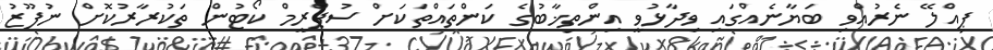
ޕިއްލޭ ނެރުއްވި ބަޔާނެއްގައި ވިދާޅުވީ އިންތިޚާބުގެ ކަންތައްތަކަށް ސުޕްރީމް ކޯޓުން ތަކުރާރުކޮށް ނުފޫޒު